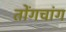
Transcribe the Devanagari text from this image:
तोंगचांग